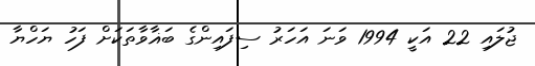
ޖުލައި 22 އަކީ 1994 ވަނަ އަހަރު ސިފައިންގެ ބަޣާވާތަކަށް ފަހު ޔަހްޔާ